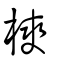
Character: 樉